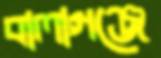
বালাগঞ্জে